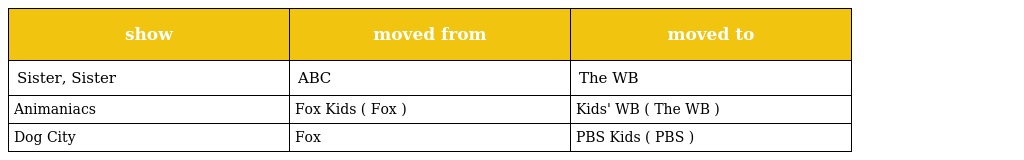
| show | moved from | moved to |
 | --- | --- | --- |
 | Sister, Sister | ABC | The WB |
 | Animaniacs | Fox Kids ( Fox ) | Kids' WB ( The WB ) |
 | Dog City | Fox | PBS Kids ( PBS ) |